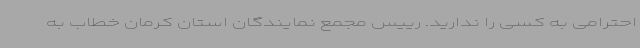
‌احترامی به کسی را ندارید. رییس مجمع نمایندگان استان کرمان خطاب به